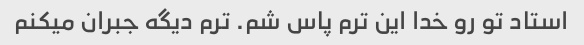
استاد تو رو خدا این ترم پاس شم. ترم دیگه جبران میکنم